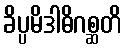
ခိပ္ပမိဒါဓိဂစ္ဆတိ